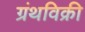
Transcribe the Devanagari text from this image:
ग्रंथविक्री